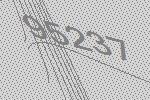
95237